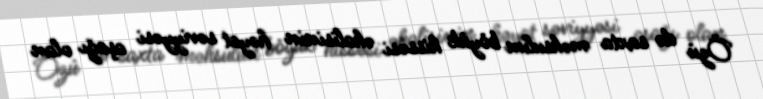
Özü də saxta məhsulun böyük hissəsi əhalisinin həyat səviyyəsi aşağı olan